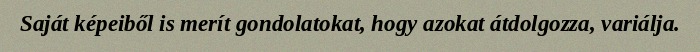
Saját képeiből is merít gondolatokat, hogy azokat átdolgozza, variálja.